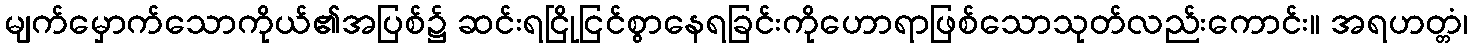
မျက်မှောက်သောကိုယ်၏အပြစ်၌ ဆင်းရငြိုငြင်စွာနေရခြင်းကိုဟောရာဖြစ်သောသုတ်လည်းကောင်း။ အရဟတ္တံ၊